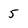
Character: 5